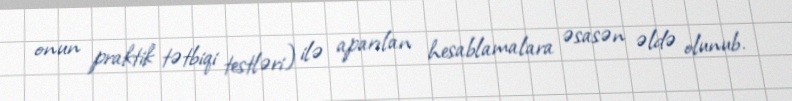
onun praktik tətbiqi testləri) ilə aparılan hesablamalara əsasən əldə olunub.